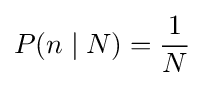
P(n\mid N)={\frac {1}{N}}